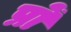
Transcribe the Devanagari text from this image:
प्रों